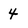
Character: 4